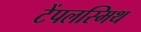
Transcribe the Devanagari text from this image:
टेंपलस्मिथ